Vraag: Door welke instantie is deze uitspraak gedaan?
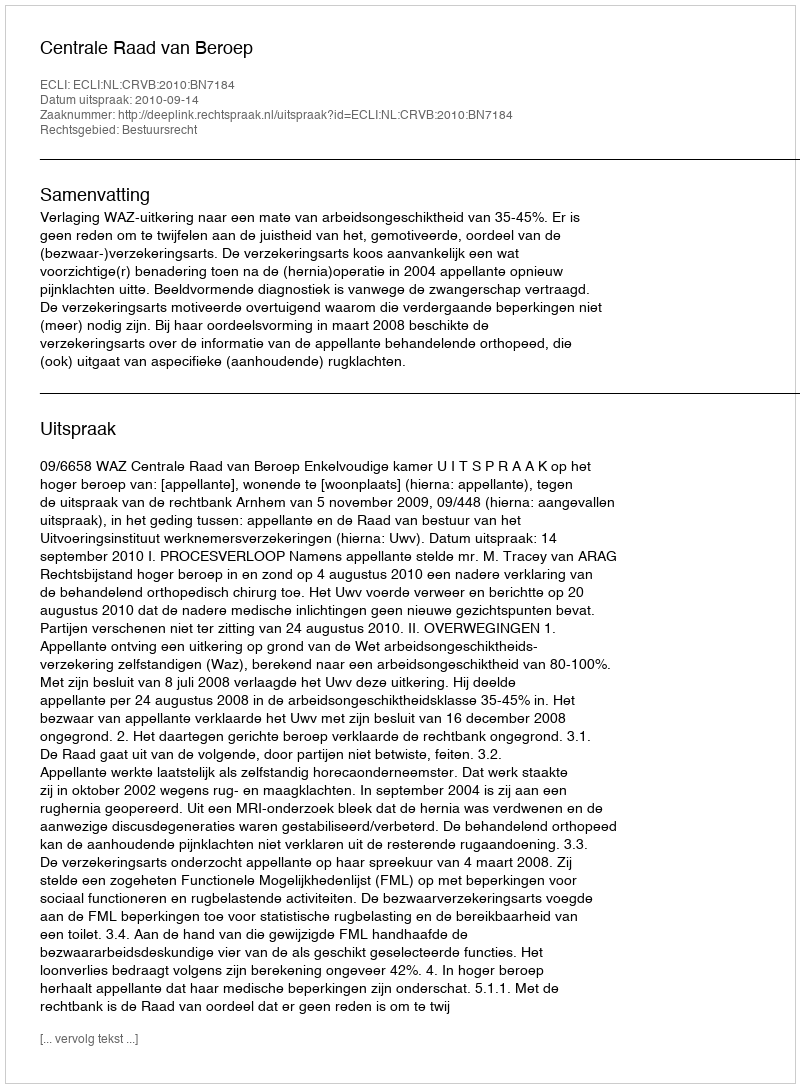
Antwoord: Centrale Raad van Beroep